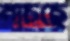
নাচছে